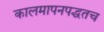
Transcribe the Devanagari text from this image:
कालमापनपद्धतच